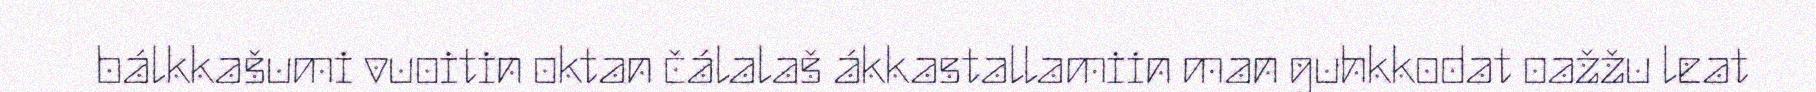
bálkkašumi vuoitin oktan čálalaš ákkastallamiin man guhkkodat oažžu leat